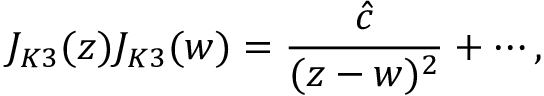
J _ { K 3 } ( z ) J _ { K 3 } ( w ) = { \frac { \hat { c } } { ( z - w ) ^ { 2 } } } + \cdots ,